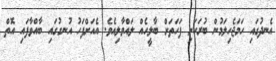
އެނދުގައި ހަމަޖެހިލަމުން ބުރަކަށި ފަހަތަށް ބާލީހެއް ލައްވާލިއެވެ. އެއަށްފަހު އުނގުގައި ބާއްވާފައި އޮތް